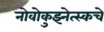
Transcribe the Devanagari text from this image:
नोवोकुझ्नेत्स्कचे